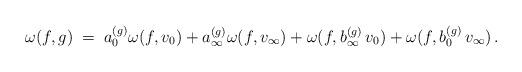
LaTeX: \begin{align*} \omega(f,g)\;=\;a_0^{(g)}\omega(f,v_0)+a_\infty^{(g)}\omega(f,v_\infty)+\omega(f,b_\infty^{(g)}\,v_0)+\omega(f,b_0^{(g)}\,v_\infty)\,.\end{align*}